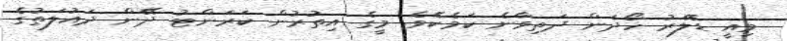
މިއީ ޑޮލަރު ހޯދަން ދަތިވާނެ ކަމެކެވެ. މީގެ އިތުރުން ކަރަންޓު ދޭން ދައުލަތުގެ